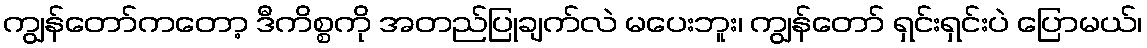
ကျွန်တော်ကတော့ ဒီကိစ္စကို အတည်ပြုချက်လဲ မပေးဘူး၊ ကျွန်တော် ရှင်းရှင်းပဲ ပြောမယ်၊